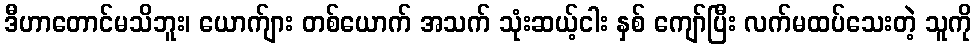
ဒီဟာတောင်မသိဘူး၊ ယောက်ျား တစ်ယောက် အသက် သုံးဆယ့်ငါး နှစ် ကျော်ပြီး လက်မထပ်သေးတဲ့ သူကို